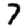
Digit: 7